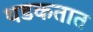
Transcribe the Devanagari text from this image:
थडकतात